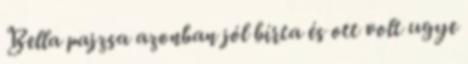
Bella pajzsa azonban jól bírta és ott volt ugye